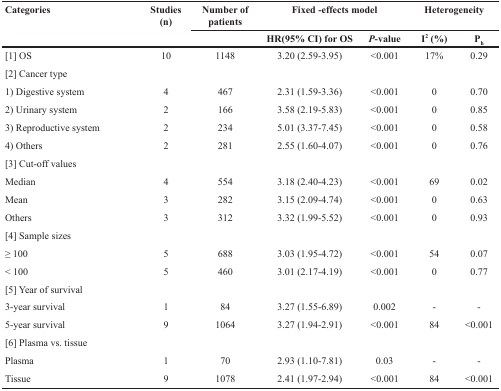
<table><thead><tr><td rowspan="2"><b>Categories</b></td><td rowspan="2"><b>Studies (n)</b></td><td><b>Number of patients</b></td><td colspan="2"><b>Fixed -effects model</b></td><td colspan="2"><b>Heterogeneity</b></td></tr><tr><td></td><td><b>HR(95% CI) for OS</b></td><td><b><i>P</i>-value</b></td><td><b>I<sup>2</sup> (%)</b></td><td><b>P<sub>h</sub></b></td></tr></thead><tbody><tr><td>[1] OS</td><td>10</td><td>1148</td><td>3.20 (2.59-3.95)</td><td>&lt;0.001</td><td>17%</td><td>0.29</td></tr><tr><td>[2] Cancer type</td><td></td><td></td><td></td><td></td><td></td><td></td></tr><tr><td>1) Digestive system</td><td>4</td><td>467</td><td>2.31 (1.59-3.36)</td><td>&lt;0.001</td><td>0</td><td>0.70</td></tr><tr><td>2) Urinary system</td><td>2</td><td>166</td><td>3.58 (2.19-5.83)</td><td>&lt;0.001</td><td>0</td><td>0.85</td></tr><tr><td>3) Reproductive system</td><td>2</td><td>234</td><td>5.01 (3.37-7.45)</td><td>&lt;0.001</td><td>0</td><td>0.58</td></tr><tr><td>4) Others</td><td>2</td><td>281</td><td>2.55 (1.60-4.07)</td><td>&lt;0.001</td><td>0</td><td>0.76</td></tr><tr><td>[3] Cut-off values</td><td></td><td></td><td></td><td></td><td></td><td></td></tr><tr><td>Median</td><td>4</td><td>554</td><td>3.18 (2.40-4.23)</td><td>&lt;0.001</td><td>69</td><td>0.02</td></tr><tr><td>Mean</td><td>3</td><td>282</td><td>3.15 (2.09-4.74)</td><td>&lt;0.001</td><td>0</td><td>0.63</td></tr><tr><td>Others</td><td>3</td><td>312</td><td>3.32 (1.99-5.52)</td><td>&lt;0.001</td><td>0</td><td>0.93</td></tr><tr><td>[4] Sample sizes</td><td></td><td></td><td></td><td></td><td></td><td></td></tr><tr><td>≥ 100</td><td>5</td><td>688</td><td>3.03 (1.95-4.72)</td><td>&lt;0.001</td><td>54</td><td>0.07</td></tr><tr><td>&lt; 100</td><td>5</td><td>460</td><td>3.01 (2.17-4.19)</td><td>&lt;0.001</td><td>0</td><td>0.77</td></tr><tr><td>[5] Year of survival</td><td></td><td></td><td></td><td></td><td></td><td></td></tr><tr><td>3-year survival</td><td>1</td><td>84</td><td>3.27 (1.55-6.89)</td><td>0.002</td><td>-</td><td>-</td></tr><tr><td>5-year survival</td><td>9</td><td>1064</td><td>3.27 (1.94-2.91)</td><td>&lt;0.001</td><td>84</td><td>&lt;0.001</td></tr><tr><td>[6] Plasma vs. tissue</td><td></td><td></td><td></td><td></td><td></td><td></td></tr><tr><td>Plasma</td><td>1</td><td>70</td><td>2.93 (1.10-7.81)</td><td>0.03</td><td>-</td><td>-</td></tr><tr><td>Tissue</td><td>9</td><td>1078</td><td>2.41 (1.97-2.94)</td><td>&lt;0.001</td><td>84</td><td>&lt;0.001</td></tr></tbody></table>